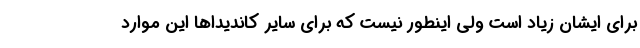
برای ایشان زیاد است ولی اینطور نیست که برای سایر کاندیداها این موارد